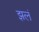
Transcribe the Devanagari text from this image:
झलं